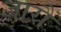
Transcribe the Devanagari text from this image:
जारौं